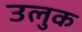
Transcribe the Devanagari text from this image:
उलुक